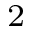
^ 2